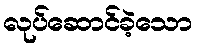
လုပ်ဆောင်ခဲ့သော